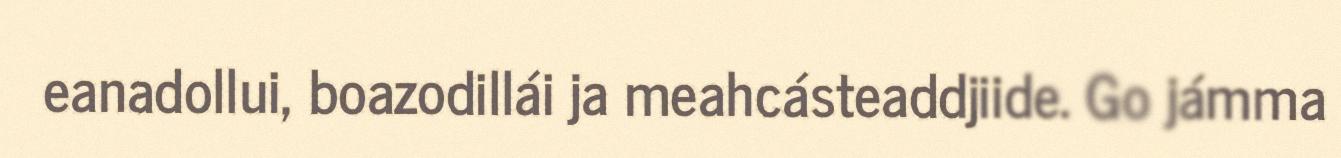
eanadollui, boazodillái ja meahcásteaddjiide. Go jámma